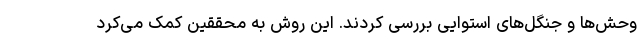
وحش‌ها و جنگل‌های استوایی بررسی کردند. این روش به محققین کمک می‌کرد